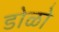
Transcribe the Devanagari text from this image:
डोळो